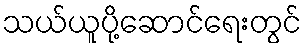
သယ်ယူပို့ဆောင်ရေးတွင်